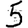
Digit: 5